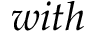
w i t h